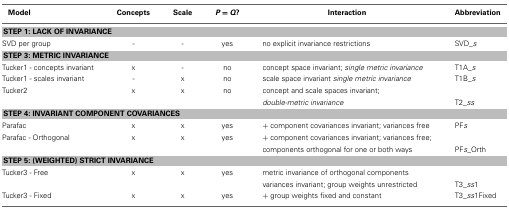
<table><thead><tr><td><b>Model</b></td><td><b>Concepts</b></td><td><b>Scale</b></td><td><b><i>P</i> = <i>Q</i>?</b></td><td><b>Interaction</b></td><td><b>Abbreviation</b></td></tr></thead><tbody><tr><td colspan="6"><b>STEP 1: LACK OF INVARIANCE</b></td></tr><tr><td>SVD per group</td><td>-</td><td>-</td><td>yes</td><td>no explicit invariance restrictions</td><td>SVD_<i>s</i></td></tr><tr><td colspan="6"><b>STEP 3: METRIC INVARIANCE</b></td></tr><tr><td>Tucker1 - concepts invariant</td><td>x</td><td>-</td><td>no</td><td>concept space invariant; <i>single metric invariance</i></td><td>T1A_<i>s</i></td></tr><tr><td>Tucker1 - scales invariant</td><td>-</td><td>x</td><td>no</td><td>scale space invariant <i>single metric invariance</i></td><td>T1B_<i>s</i></td></tr><tr><td>Tucker2</td><td>x</td><td>x</td><td>no</td><td>concept and scale spaces invariant; <i>double-metric invariance</i></td><td>T2_<i>ss</i></td></tr><tr><td colspan="6"><b>STEP 4: INVARIANT COMPONENT COVARIANCES</b></td></tr><tr><td>Parafac</td><td>x</td><td>x</td><td>yes</td><td>+ component covariances invariant; variances free</td><td>PF<i>s</i></td></tr><tr><td>Parafac - Orthogonal</td><td>x</td><td>x</td><td>yes</td><td>+ component covariances invariant; variances free; components orthogonal for one or both ways</td><td>PF<i>s</i>_Orth</td></tr><tr><td colspan="6"><b>STEP 5: (WEIGHTED) STRICT INVARIANCE</b></td></tr><tr><td>Tucker3 - Free</td><td>x</td><td>x</td><td>yes</td><td>metric invariance of orthogonal components variances invariant; group weights unrestricted</td><td>T3_<i>ss</i>1</td></tr><tr><td>Tucker3 - Fixed</td><td>x</td><td>x</td><td>yes</td><td>+ group weights fixed and constant</td><td>T3_<i>ss</i>1Fixed</td></tr></tbody></table>